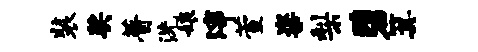
装奖瞢洗娘滓萱粢梨碧箕